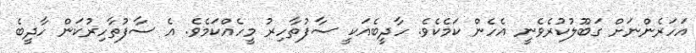
އަހަރެންނަށް ގަބޫލުކުރެވެނީ އެހެން ކަމެކެވެ. ހާދީބެއަކީ ސާފުތާހިރު މީހެއްކަމެވެ. އެ ސާފުތާހިރުކަން ހާދީބެ